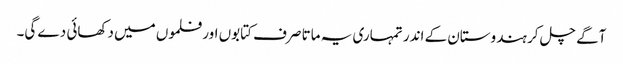
آگے چل کر ہندوستان کے اندر تمہاری یہ ماتا صرف کتابوں اور فلموں میں دکھائی دے گی۔